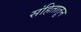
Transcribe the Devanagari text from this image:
संहितातून